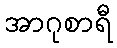
အာဂုစာရီ